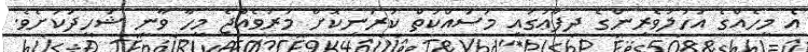
އެ މީހެއްގެ އަހުލުވެރިންގެ ދިފާޢުގައި މަސައްކަތް ކުރަނިކޮށް މަރުވެއްޖެ މީހާ ވާނީ ޝަހީދަކަށެވެ.